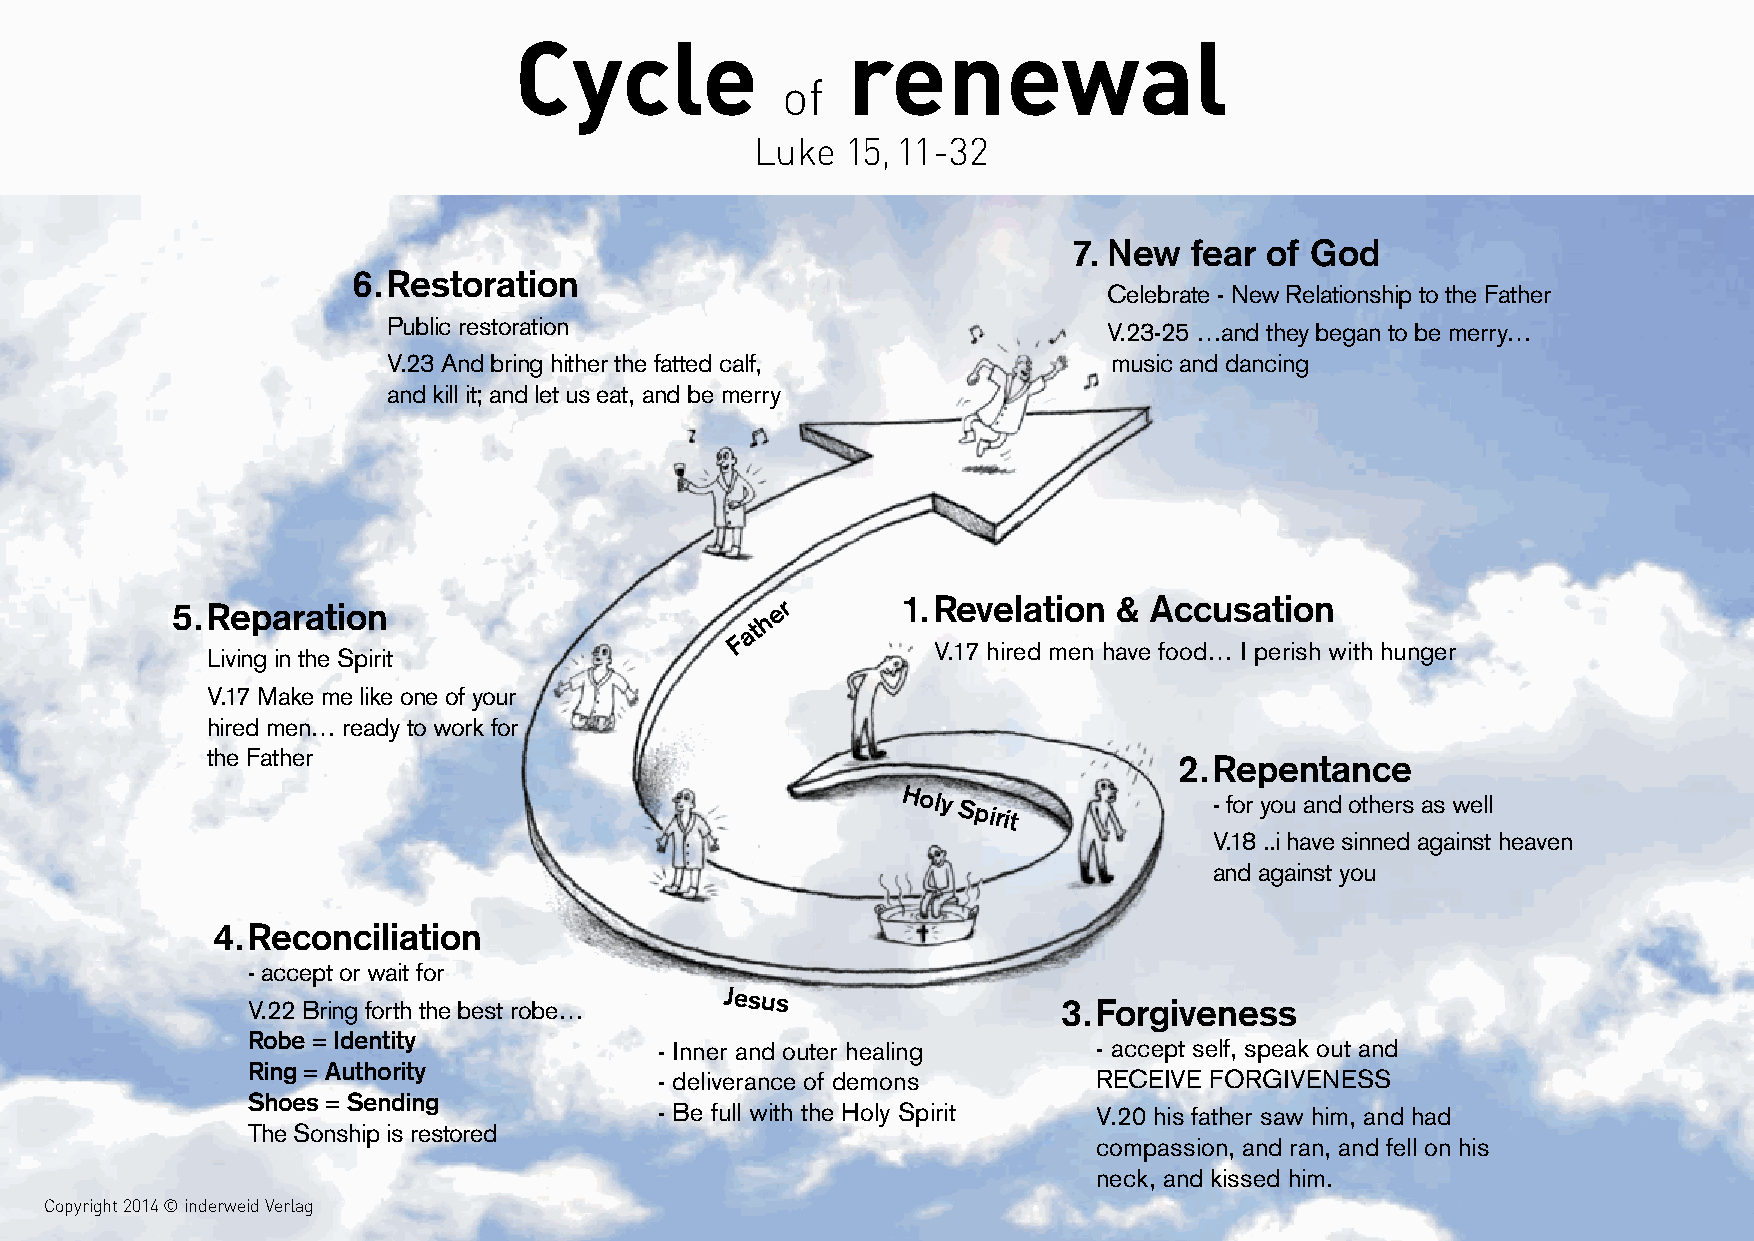
Cycle       of   renewal
 Cycle                 renewal
 of
 Luke    15,11-32
 Luke  15, 11-32
 7. New  fear of God
 6. Restoration
 Celebrate - New Relationship to the Father
 Public restoration                             V.23-25 …and they began to be merry…
 V.23 And bring hither the fatted calf,          music and dancing
 and kill it; and let us eat, and be merry
 5. Reparation                           er       1. Revelation & Accusation
 h
 at
 F
 V.17 hired men have food… I perish with hunger
 Living in the Spirit
 V.17 Make me like one of your
 hired men… ready to work for
 the Father                                                      2. Repentance
 Holy
 Spirit
 - for you and others as well
 V.18 ..i have sinned against heaven
 and against you
 4. Reconciliation
 - accept or wait for
 V.22 Bring forth the best robe…
 Jesus
 3. Forgiveness
 Robe = Identity
 - Inner and outer healing    - accept self, speak out and
 Ring = Authority
 - deliverance of demons      RECEIVE FORGIVENESS
 Shoes = Sending
 - Be full with the Holy Spirit V.20 his father saw him, and had
 The Sonship is restored
 compassion, and ran, and fell on his
 neck, and kissed him.
 Copyright 2014 © inderweid Verlag